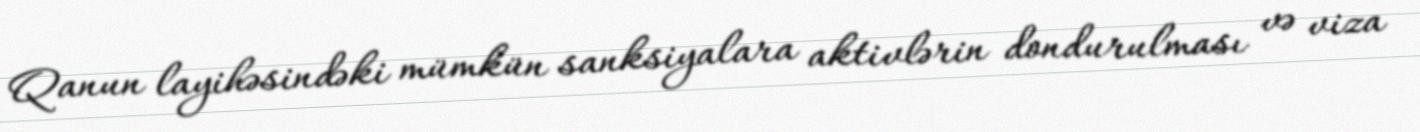
Qanun layihəsindəki mümkün sanksiyalara aktivlərin dondurulması və viza